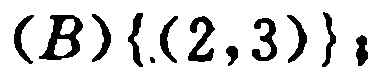
$(B)\{(2,3)\};$